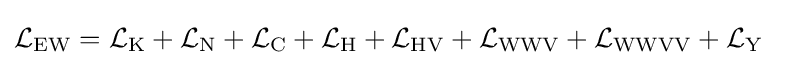
{\mathcal {L}}_{\mathrm {EW} }={\mathcal {L}}_{\mathrm {K} }+{\mathcal {L}}_{\mathrm {N} }+{\mathcal {L}}_{\mathrm {C} }+{\mathcal {L}}_{\mathrm {H} }+{\mathcal {L}}_{\mathrm {HV} }+{\mathcal {L}}_{\mathrm {WWV} }+{\mathcal {L}}_{\mathrm {WWVV} }+{\mathcal {L}}_{\mathrm {Y} }~